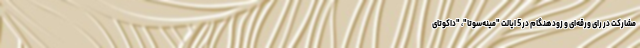
مشارکت در رای ورقه‌ای و زودهنگام در 5 ایالت "مینه‌سوتا"، "داکوتای